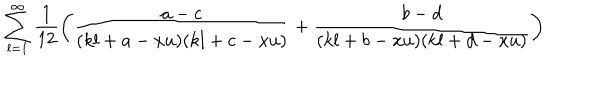
\sum _ { l = 1 } ^ { \infty } \frac { 1 } { 1 2 } \left( \frac { a - c } { ( k l + a - x u ) ( k l + c - x u ) } + \frac { b - d } { ( k l + b - x u ) ( k l + d - x u ) } \right)